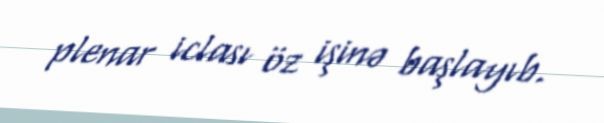
plenar iclası öz işinə başlayıb.